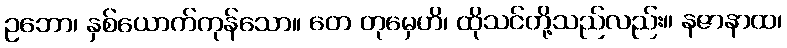
ဥဘော၊ နှစ်ယောက်ကုန်သော။ တေ တုမှေဟိ၊ ထိုသင်တို့သည်လည်း။ နဇာနာထ၊